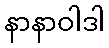
နာနာဝါဒါ